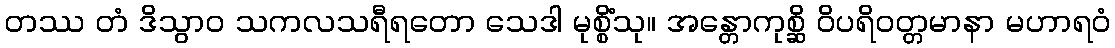
တဿ တံ ဒိသွာဝ သကလသရီရတော သေဒါ မုစ္စိံသု။ အန္တောကုစ္ဆိ ဝိပရိဝတ္တမာနာ မဟာရဝံ